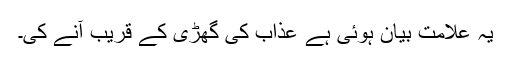
یہ علامت بیان ہوئی ہے عذاب کی گھڑی کے قریب آنے کی۔